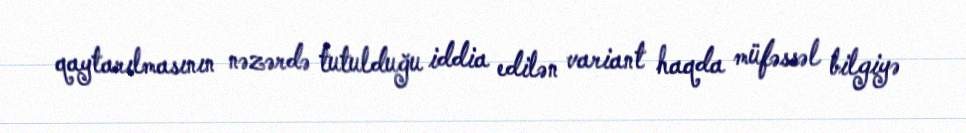
qaytarılmasının nəzərdə tutulduğu iddia edilən variant haqda müfəssəl bilgiyə